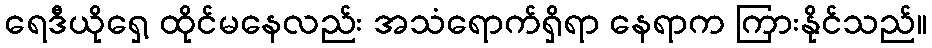
ရေဒီယိုရှေ့ ထိုင်မနေလည်း အသံရောက်ရှိရာ နေရာက ကြားနိုင်သည်။